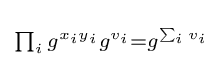
\scriptstyle \prod _{i}g^{x_{i}y_{i}}g^{v_{i}}=g^{\sum _{i}v_{i}}